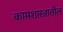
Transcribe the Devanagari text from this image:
कामशास्त्रातील